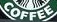
COFFEE